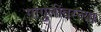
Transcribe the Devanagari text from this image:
गांगुलीवरच्या